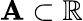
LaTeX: \mathbf{A}\subset\mathbb{{R}}